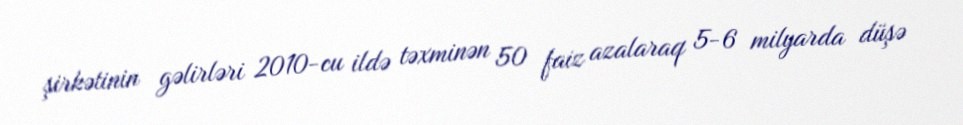
şirkətinin gəlirləri 2010-cu ildə təxminən 50 faiz azalaraq 5-6 milyarda düşə